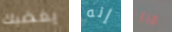
يغضبك إنه مرارا